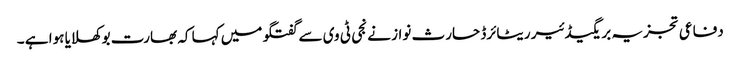
دفاعی تجزیہ بریگیڈئیر ریٹائرڈ حارث نواز نے نجی ٹی وی سے گفتگو میں کہا کہ بھارت بوکھلایا ہوا ہے ۔